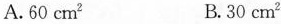
A.60cm^{2} B.30cm^{2}